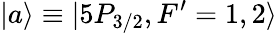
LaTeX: |a\rangle\equiv|5P_{3/2},F^{\prime}=1,2\rangle